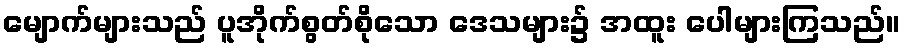
မျောက်များသည် ပူအိုက်စွတ်စိုသော ဒေသများ၌ အထူး ပေါများကြသည်။